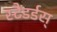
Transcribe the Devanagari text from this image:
स्टैंडर्डस्